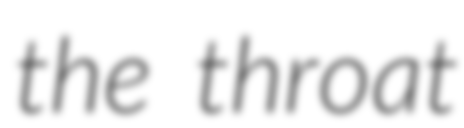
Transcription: the throat